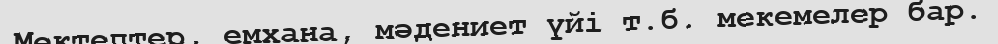
Мектептер, емхана, мәдениет үйі т.б. мекемелер бар.